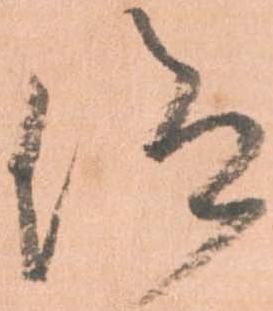
仰